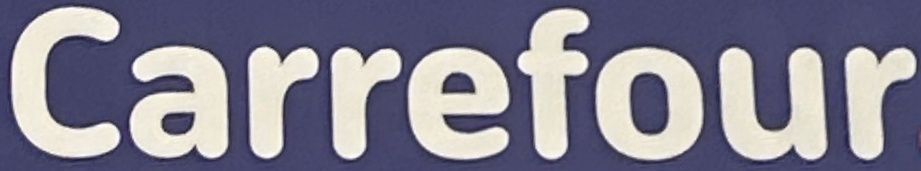
Carrefour